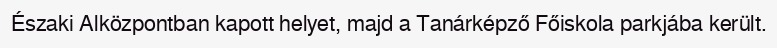
Északi Alközpontban kapott helyet, majd a Tanárképző Főiskola parkjába került.